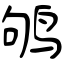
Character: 鸲